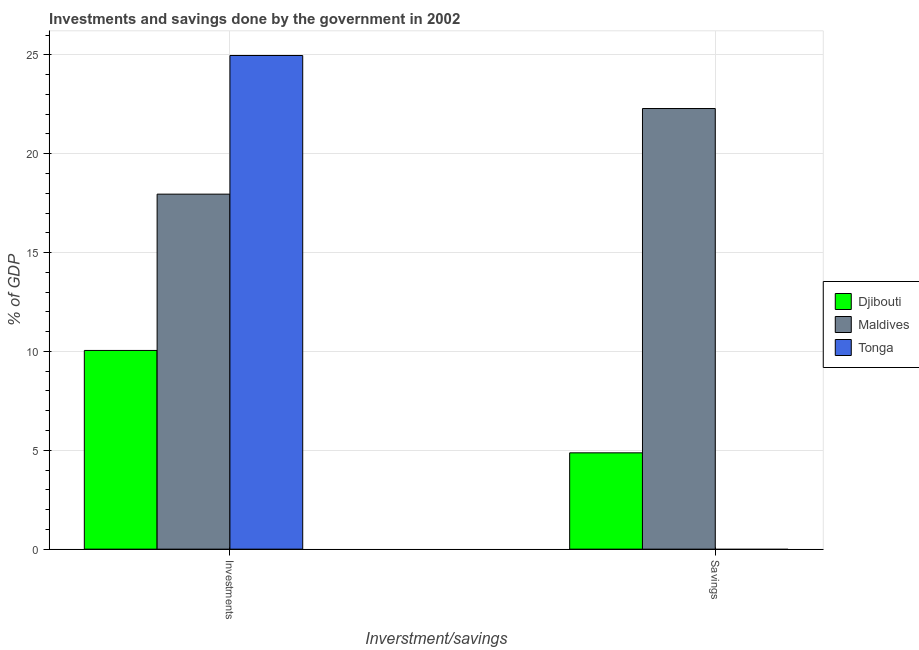
| Inverstment/savings | Djibouti | Maldives | Tonga |
 | --- | --- | --- | --- |
 | Investments | 10 | 18 | 25 |
 | Savings | 4.87 | 22.3 | -12.3 |